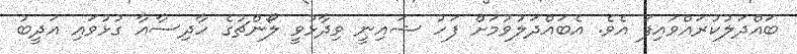
ބައްދަލުކުރައްވައިފަ އެވެ. އެބައްދަލުވުމަށް ފަހު ޝައިނީ ވިދާޅުވީ ލޯންޗުގެ ހާދިސާއާ ގުޅުވައި އަދީބު